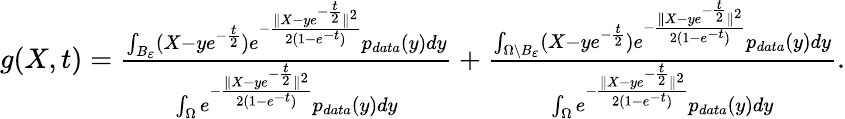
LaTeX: \begin{array}{r}{g(X,t)=\frac{\int_{B_{\varepsilon}}(X-ye^{-\frac{t}{2}})e^{-\frac{\| X-ye^{-\frac{t}{2}}\| ^{2}}{2(1-e^{-t})}}p_{data}(y)dy}{\int_{\Omega}e^{-\frac{\| X-ye^{-\frac{t}{2}}\| ^{2}}{2(1-e^{-t})}}p_{data}(y)dy}+\frac{\int_{\Omega\backslash B_{\varepsilon}}(X-ye^{-\frac{t}{2}})e^{-\frac{\| X-ye^{-\frac{t}{2}}\| ^{2}}{2(1-e^{-t})}}p_{data}(y)dy}{\int_{\Omega}e^{-\frac{\| X-ye^{-\frac{t}{2}}\| ^{2}}{2(1-e^{-t})}}p_{data}(y)dy}.}\end{array}